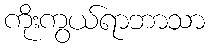
ကိုးကွယ်ရာဘာသာ